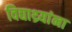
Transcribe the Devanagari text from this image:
विद्याथ्र्यांना